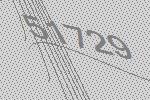
51729